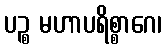
ပဉ္စ မဟာပရိစ္စာဂေ၊